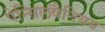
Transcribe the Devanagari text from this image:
पेन्सिलवैनियय